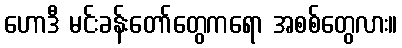
ဟောဒီ မင်းခန်းတော်တွေကရော အစစ်တွေလား။